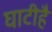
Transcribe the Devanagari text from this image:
घाटीहै